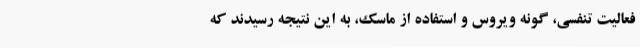
فعالیت تنفسی، گونه ویروس و استفاده از ماسک، به این نتیجه رسیدند که